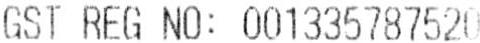
GST REG NO: 001335787520